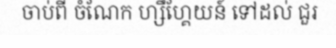
ចាប់ពី ចំណែក ហ្សឹហ្គែយន៍ ទៅដល់ ជួរ